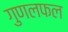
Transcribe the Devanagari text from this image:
गुणलफल